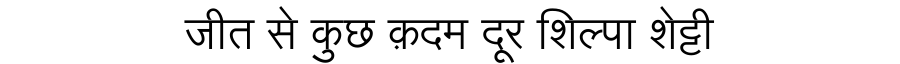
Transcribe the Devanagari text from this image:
जीत से कुछ क़दम दूर शिल्पा शेट्टी